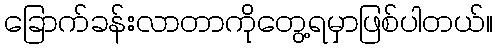
ခြောက်ခန်းလာတာကိုတွေ့ရမှာဖြစ်ပါတယ်။